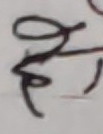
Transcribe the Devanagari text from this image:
ह